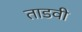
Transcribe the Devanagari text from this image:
ताडवी